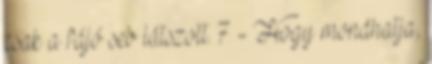
csak a fájó seb látszott. 7 - Hogy mondhatja,